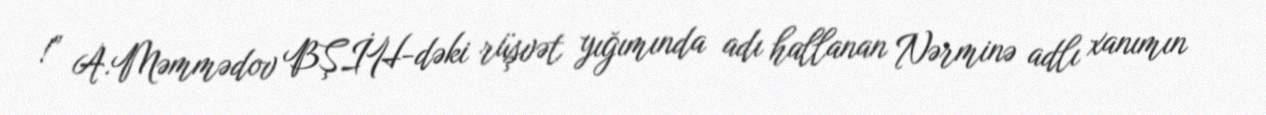
!” A.Məmmədov BŞİH-dəki rüşvət yığımında adı hallanan Nərminə adlı xanımın